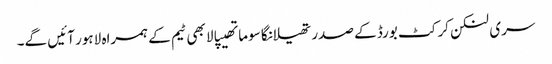
سری لنکن کرکٹ بورڈ کے صدر تھیلانگا سوماتھیپالا بھی ٹیم کے ہمراہ لاہور آئیں گے۔